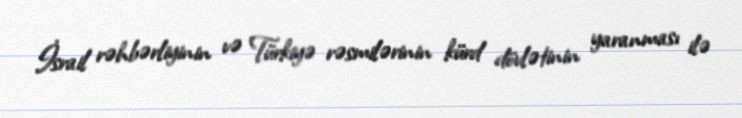
İsrail rəhbərliyinin və Türkiyə rəsmilərinin kürd dövlətinin yaranması ilə